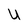
Character: U